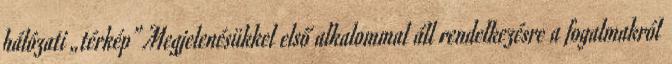
hálózati „térkép” Megjelenésükkel első alkalommal áll rendelkezésre a fogalmakról